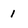
Character: 1